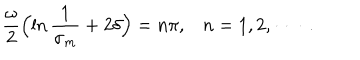
\frac { \omega } { 2 } \Bigl ( \ln \frac { 1 } { \sigma _ { m } } + 2 \delta \Bigr ) = n \pi , \mathop { n = 1 , 2 , } \cdots \; \; .